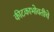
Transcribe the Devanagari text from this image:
कीटकाभोवतीचे